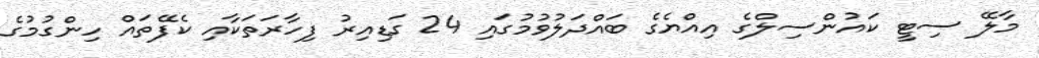
މާލޭ ސިޓީ ކައުންސިލްގެ އިއްޔެގެ ބައްދަލުވުމުގައި 24 ގަޑިއިރު ފިހާރަތަކާއި ކެފޭތައް ހިންގުމުގެ